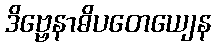
ဒိဗ္ဗေနာဓိပတေယျေန